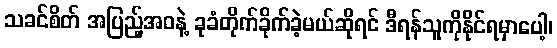
သခင်စိတ် အပြည့်အဝနဲ့ ခုခံတိုက်ခိုက်ခဲ့မယ်ဆိုရင် ဒီရန်သူကိုနိုင်ရမှာပေါ့၊